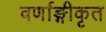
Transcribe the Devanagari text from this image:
वर्णाङ्गीकृत